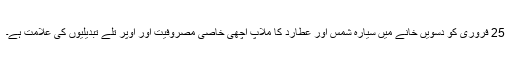
25 فروری کو دسویں خانے میں سیارہ شمس اور عطارد کا ملاپ اچھی خاصی مصروفیت اور اوپر تلے تبدیلیوں کی علامت ہے۔